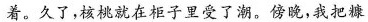
着。久了，核桃就在柜子里受了潮。傍晚，我把糠